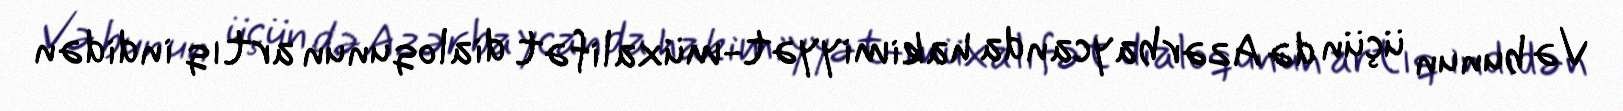
Və bunun üçün də Azərbaycanda hakimiyyət-müxalifət dialoqunun artıq indidən